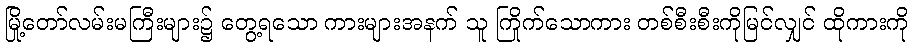
မြို့တော်လမ်းမကြီးများ၌ တွေ့ရသော ကားများအနက် သူ ကြိုက်သောကား တစ်စီးစီးကိုမြင်လျှင် ထိုကားကို